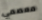
معصمي